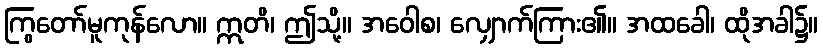
ကြွတော်မူကုန်လော။ ဣတိ၊ ဤသို့။ အဝေါစ၊ လျှောက်ကြား၏။ အထခေါ၊ ထိုအခါ၌။